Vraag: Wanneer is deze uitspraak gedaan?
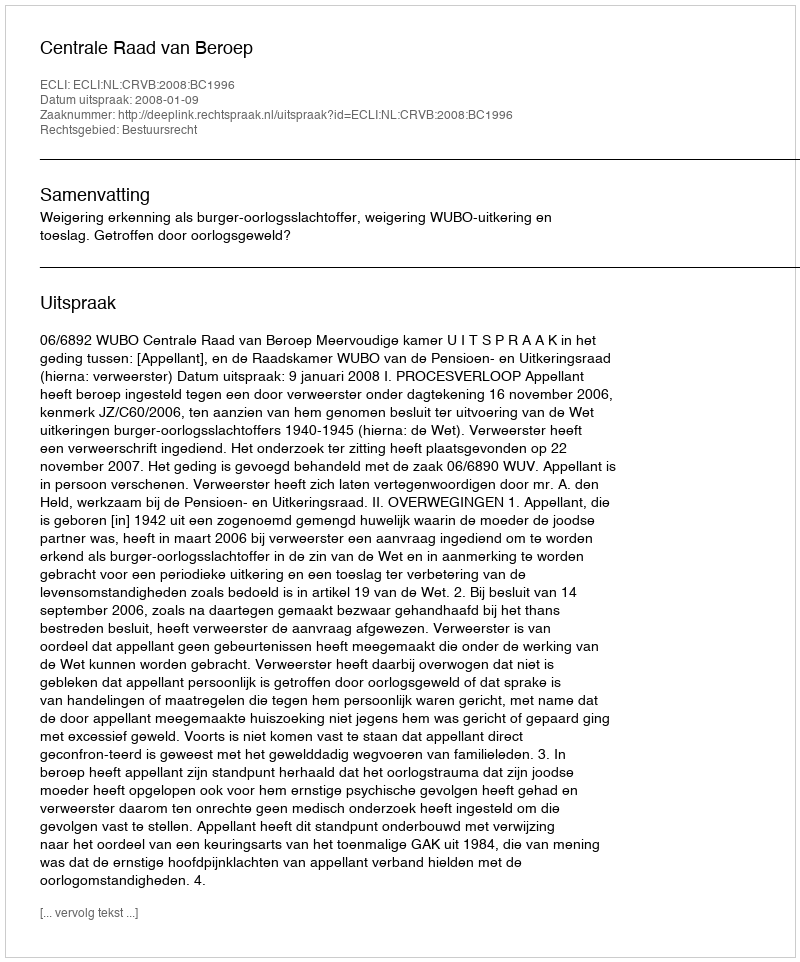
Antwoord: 2008-01-09